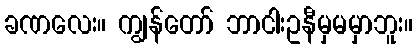
ခဏလေး။ ကျွန်တော် ဘာငါးဥနီမှမမှာဘူး။